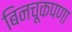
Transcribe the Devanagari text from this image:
बिनचूकपणा